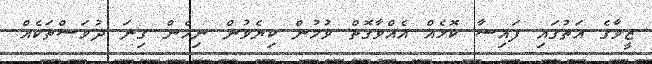
ޒީވާގެ އަތުގައި ފައިސާ ކޮޅެއް އެއްވާގޮތް ވުމުން ކިޔެވުން ނިމެން ގިނަ ދުވަސްތަކެއް